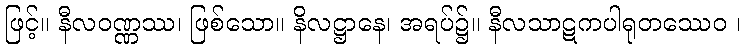
ဖြင့်။ နီလဝဏ္ဏဿ၊ ဖြစ်သော။ နိလဋ္ဌာနေ၊ အရပ်၌။ နီလသာဋကပါရုတဿေဝ ၊